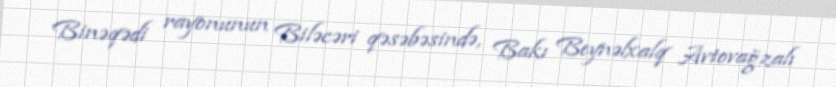
Binəqədi rayonunun Biləcəri qəsəbəsində, Bakı Beynəlxalq Avtovağzalı